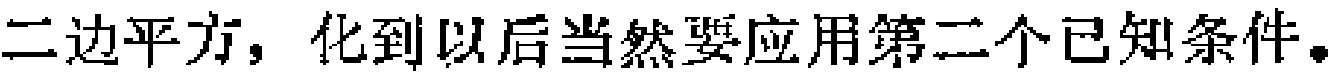
二边平方，化到以后当然要应用第二个已知条件。